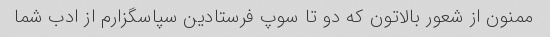
ممنون از شعور بالاتون که دو تا سوپ فرستادین سپاسگزارم از ادب شما